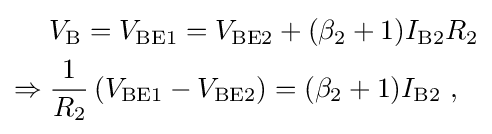
{\begin{aligned}&V_{\text{B}}=V_{\text{BE1}}=V_{\text{BE2}}+(\beta _{2}+1)I_{\text{B2}}R_{2}\\\Rightarrow {}&{\frac {1}{R_{2}}}\left(V_{\text{BE1}}-V_{\text{BE2}}\right)=(\beta _{2}+1)I_{\text{B2}}\ ,\end{aligned}}